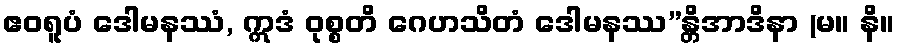
ဧဝရူပံ ဒေါမနဿံ, ဣဒံ ဝုစ္စတိ ဂေဟသိတံ ဒေါမနဿ”န္တိအာဒိနာ (မ။ နိ။